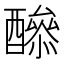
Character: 𨣔